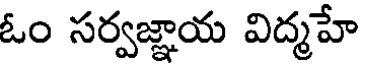
ఓం సర్వజ్ఞాయ విద్మహే